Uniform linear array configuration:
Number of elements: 64
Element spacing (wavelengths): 0.25
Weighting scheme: exponential
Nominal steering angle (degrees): -15
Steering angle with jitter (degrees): -13.033
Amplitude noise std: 0.05
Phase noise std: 0.05

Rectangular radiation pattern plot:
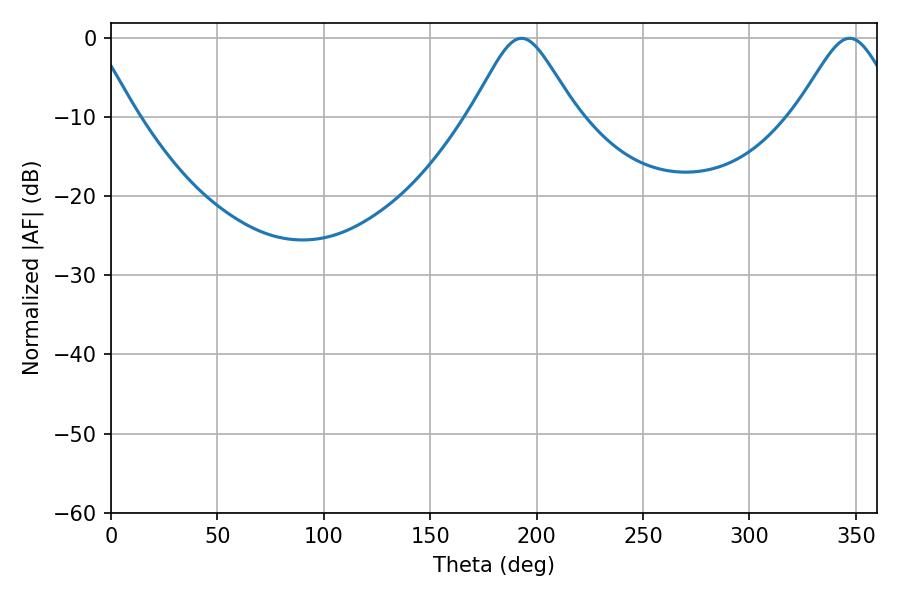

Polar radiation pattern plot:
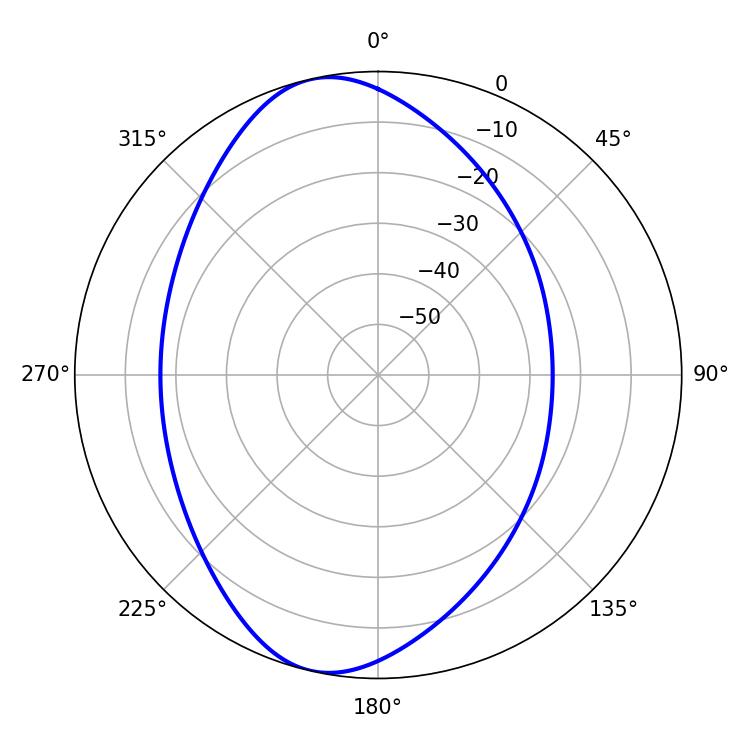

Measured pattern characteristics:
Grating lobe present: FALSE
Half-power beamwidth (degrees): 23.94
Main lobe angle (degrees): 192.96